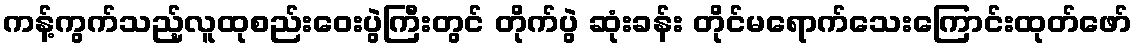
ကန့်ကွက်သည့်လူထုစည်းဝေးပွဲကြီးတွင် တိုက်ပွဲ ဆုံးခန်း တိုင်မရောက်သေးကြောင်းထုတ်ဖော်